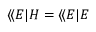
\langle \! \langle E | H = \langle \! \langle E | E